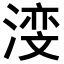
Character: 𪶺